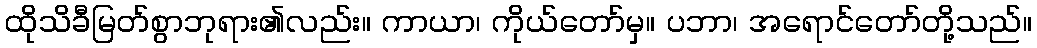
ထိုသိခီမြတ်စွာဘုရား၏လည်း။ ကာယာ၊ ကိုယ်တော်မှ။ ပဘာ၊ အရောင်တော်တို့သည်။